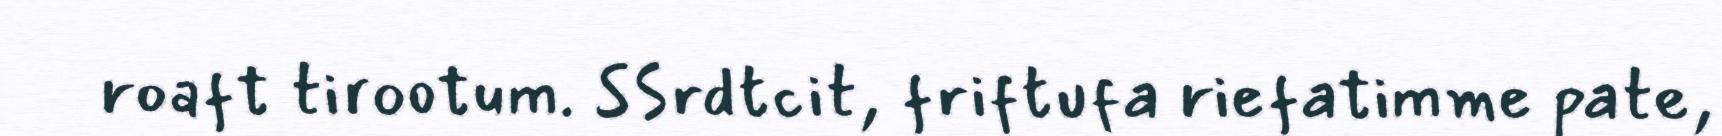
roaft tirootum. SSrdtcit, friftufa riefatimme pate,